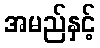
အမည်နှင့်